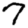
Digit: 7